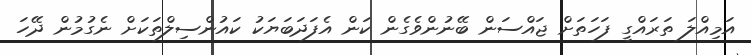
އަމިއްލަ ތަރައްގީ ފަހަތަށް ޖައްސަން ބޭނުންވެގެން ކަން އެފަދަބަޔަކު ކައުންސިލްތަކަށް ނެގުމުން ދޭހަ